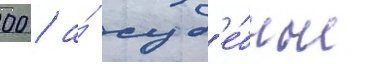
00 / а́ суд'е́бные